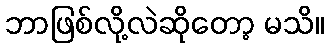
ဘာဖြစ်လို့လဲဆိုတော့ မသိ။